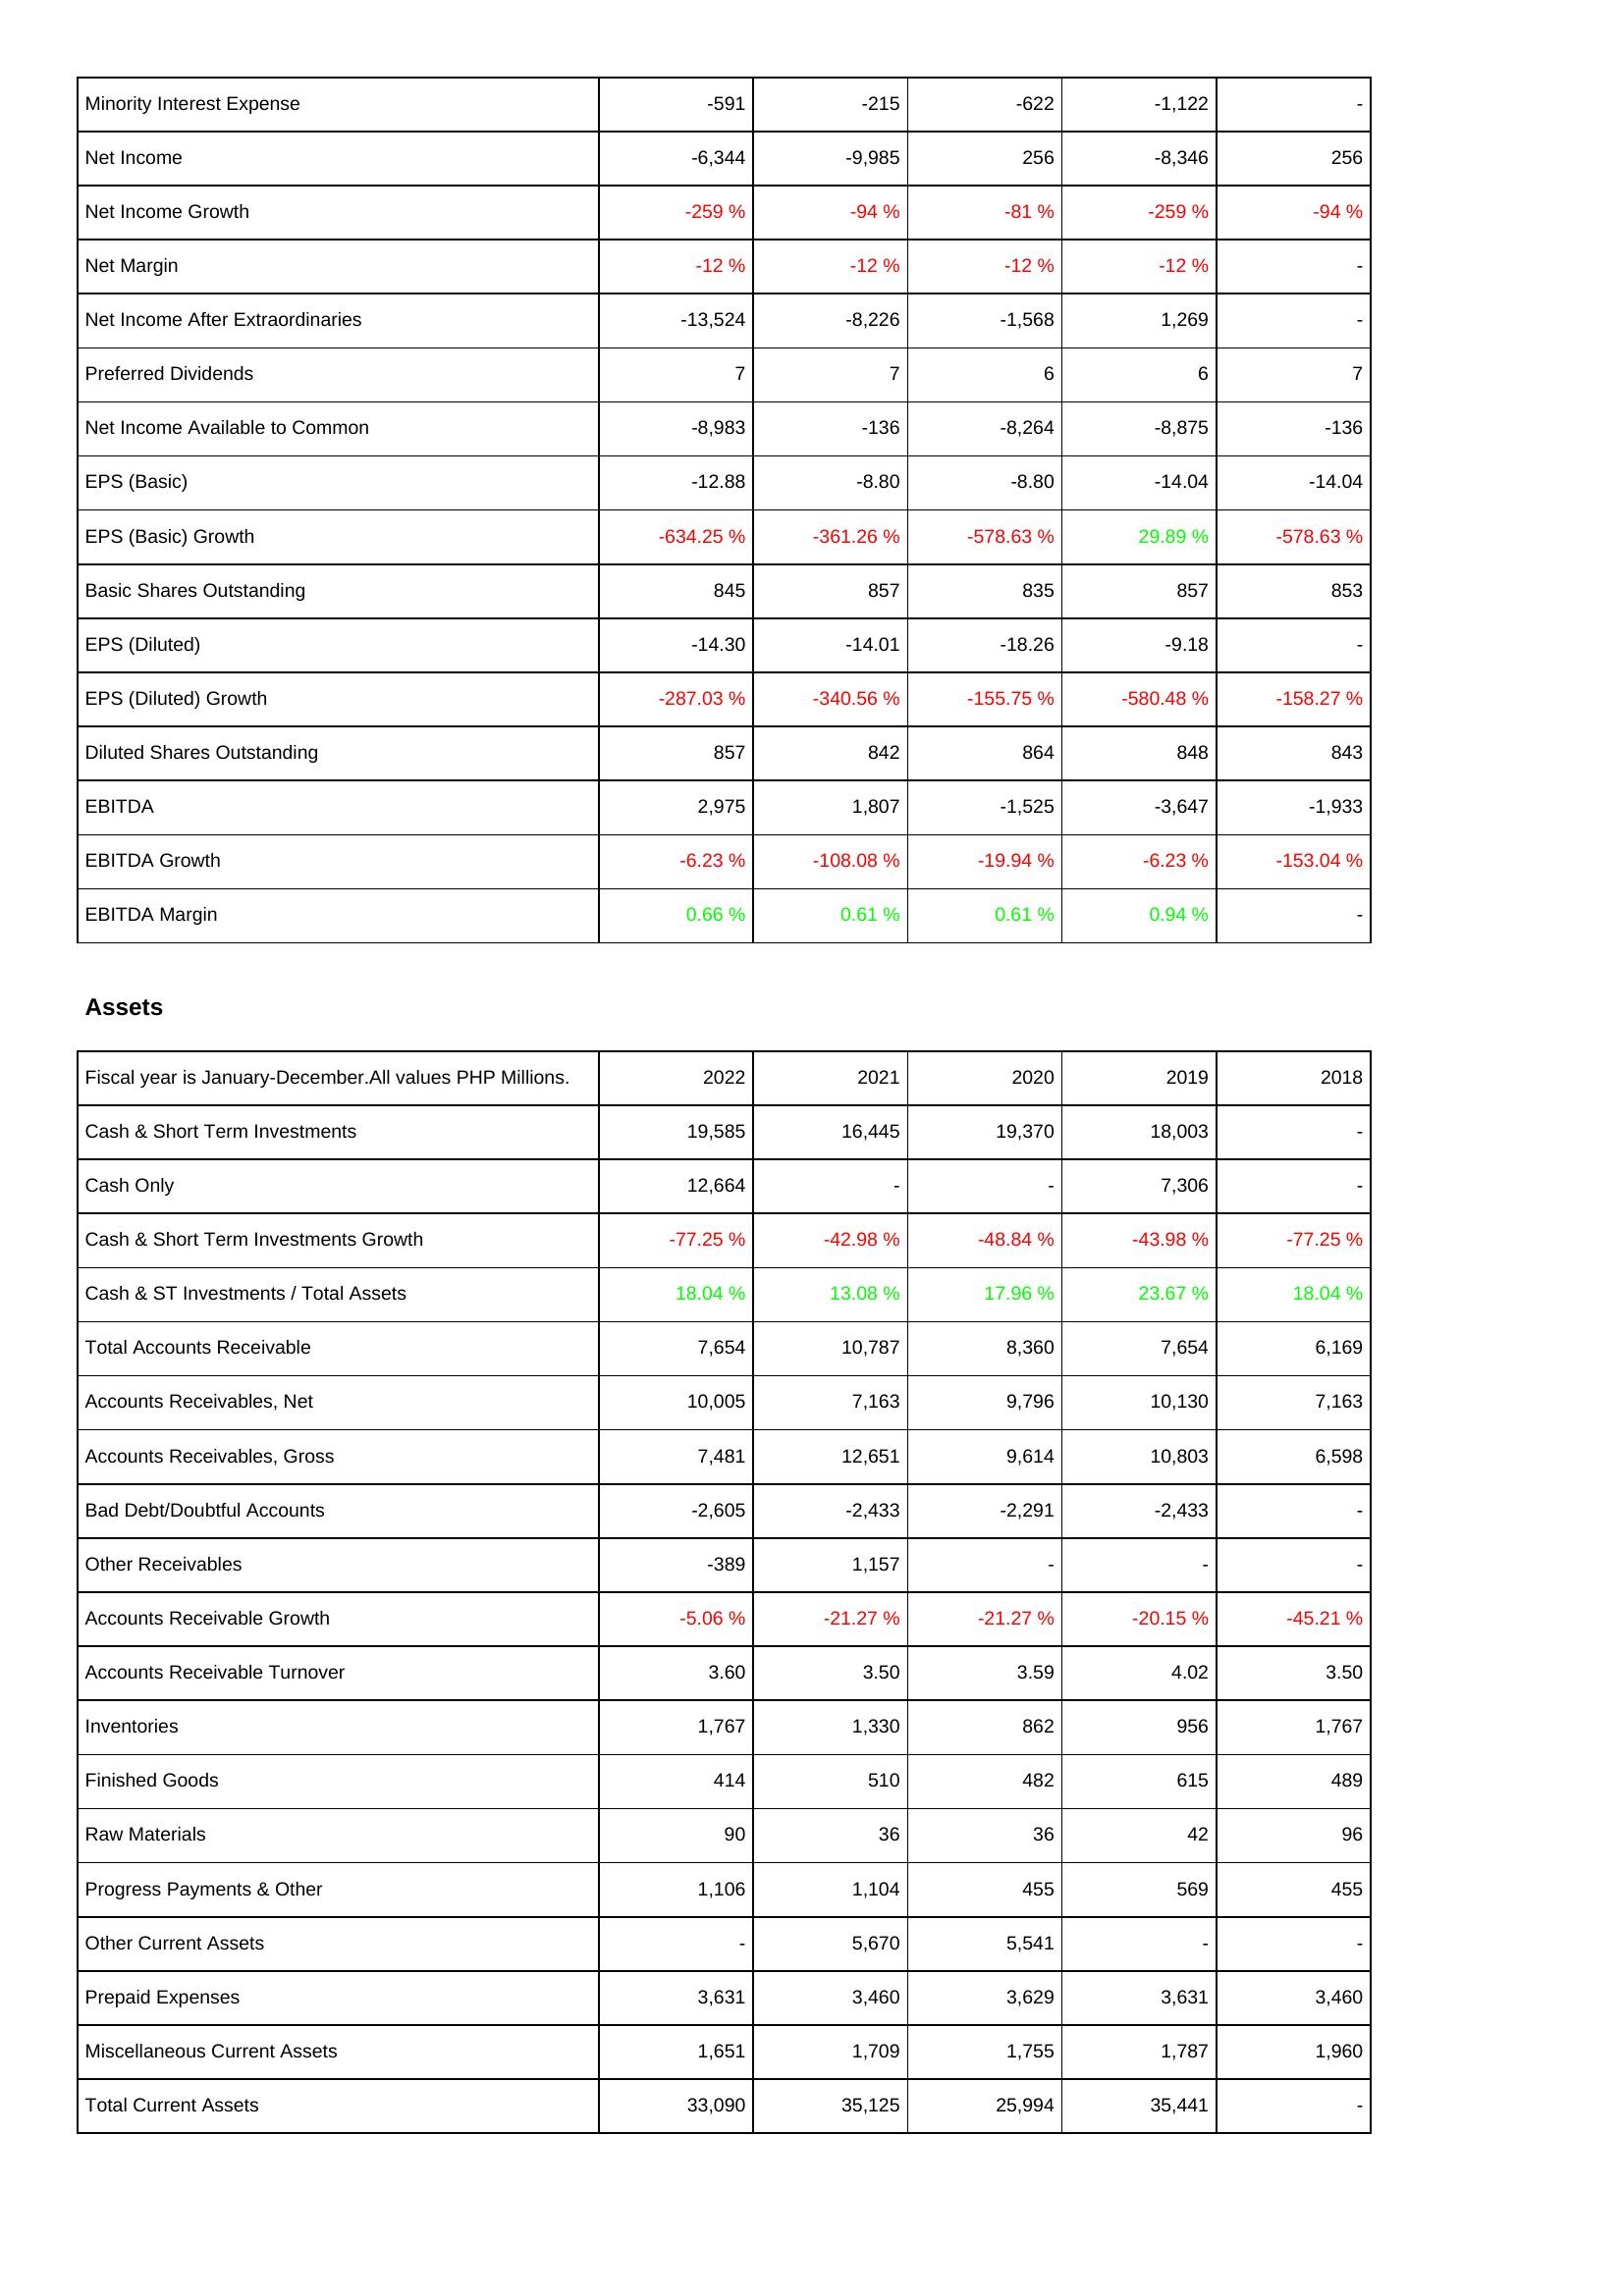
2022: Income Statement: Minority Interest Expense: -591
Net Income: -6,344
Net Income Growth: -259 %
Net Margin: -12 %
Net Income After Extraordinaries: -13,524
Preferred Dividends: 7
Net Income Available to Common: -8,983
EPS (Basic): -12.88
EPS (Basic) Growth: -634.25 %
Basic Shares Outstanding: 845
EPS (Diluted): -14.30
EPS (Diluted) Growth: -287.03 %
Diluted Shares Outstanding: 857
EBITDA: 2,975
EBITDA Growth: -6.23 %
EBITDA Margin: 0.66 %
Assets: Cash & Short Term Investments: 19,585
Cash Only: 12,664
Cash & Short Term Investments Growth: -77.25 %
Cash & ST Investments / Total Assets: 18.04 %
Total Accounts Receivable: 7,654
Accounts Receivables, Net: 10,005
Accounts Receivables, Gross: 7,481
Bad Debt/Doubtful Accounts: -2,605
Other Receivables: -389
Accounts Receivable Growth: -5.06 %
Accounts Receivable Turnover: 3.60
Inventories: 1,767
Finished Goods: 414
Raw Materials: 90
Progress Payments & Other: 1,106
Other Current Assets: -
Prepaid Expenses: 3,631
Miscellaneous Current Assets: 1,651
Total Current Assets: 33,090
2021: Income Statement: Minority Interest Expense: -215
Net Income: -9,985
Net Income Growth: -94 %
Net Margin: -12 %
Net Income After Extraordinaries: -8,226
Preferred Dividends: 7
Net Income Available to Common: -136
EPS (Basic): -8.80
EPS (Basic) Growth: -361.26 %
Basic Shares Outstanding: 857
EPS (Diluted): -14.01
EPS (Diluted) Growth: -340.56 %
Diluted Shares Outstanding: 842
EBITDA: 1,807
EBITDA Growth: -108.08 %
EBITDA Margin: 0.61 %
Assets: Cash & Short Term Investments: 16,445
Cash Only: -
Cash & Short Term Investments Growth: -42.98 %
Cash & ST Investments / Total Assets: 13.08 %
Total Accounts Receivable: 10,787
Accounts Receivables, Net: 7,163
Accounts Receivables, Gross: 12,651
Bad Debt/Doubtful Accounts: -2,433
Other Receivables: 1,157
Accounts Receivable Growth: -21.27 %
Accounts Receivable Turnover: 3.50
Inventories: 1,330
Finished Goods: 510
Raw Materials: 36
Progress Payments & Other: 1,104
Other Current Assets: 5,670
Prepaid Expenses: 3,460
Miscellaneous Current Assets: 1,709
Total Current Assets: 35,125
2020: Income Statement: Minority Interest Expense: -622
Net Income: 256
Net Income Growth: -81 %
Net Margin: -12 %
Net Income After Extraordinaries: -1,568
Preferred Dividends: 6
Net Income Available to Common: -8,264
EPS (Basic): -8.80
EPS (Basic) Growth: -578.63 %
Basic Shares Outstanding: 835
EPS (Diluted): -18.26
EPS (Diluted) Growth: -155.75 %
Diluted Shares Outstanding: 864
EBITDA: -1,525
EBITDA Growth: -19.94 %
EBITDA Margin: 0.61 %
Assets: Cash & Short Term Investments: 19,370
Cash Only: -
Cash & Short Term Investments Growth: -48.84 %
Cash & ST Investments / Total Assets: 17.96 %
Total Accounts Receivable: 8,360
Accounts Receivables, Net: 9,796
Accounts Receivables, Gross: 9,614
Bad Debt/Doubtful Accounts: -2,291
Other Receivables: -
Accounts Receivable Growth: -21.27 %
Accounts Receivable Turnover: 3.59
Inventories: 862
Finished Goods: 482
Raw Materials: 36
Progress Payments & Other: 455
Other Current Assets: 5,541
Prepaid Expenses: 3,629
Miscellaneous Current Assets: 1,755
Total Current Assets: 25,994
2019: Income Statement: Minority Interest Expense: -1,122
Net Income: -8,346
Net Income Growth: -259 %
Net Margin: -12 %
Net Income After Extraordinaries: 1,269
Preferred Dividends: 6
Net Income Available to Common: -8,875
EPS (Basic): -14.04
EPS (Basic) Growth: 29.89 %
Basic Shares Outstanding: 857
EPS (Diluted): -9.18
EPS (Diluted) Growth: -580.48 %
Diluted Shares Outstanding: 848
EBITDA: -3,647
EBITDA Growth: -6.23 %
EBITDA Margin: 0.94 %
Assets: Cash & Short Term Investments: 18,003
Cash Only: 7,306
Cash & Short Term Investments Growth: -43.98 %
Cash & ST Investments / Total Assets: 23.67 %
Total Accounts Receivable: 7,654
Accounts Receivables, Net: 10,130
Accounts Receivables, Gross: 10,803
Bad Debt/Doubtful Accounts: -2,433
Other Receivables: -
Accounts Receivable Growth: -20.15 %
Accounts Receivable Turnover: 4.02
Inventories: 956
Finished Goods: 615
Raw Materials: 42
Progress Payments & Other: 569
Other Current Assets: -
Prepaid Expenses: 3,631
Miscellaneous Current Assets: 1,787
Total Current Assets: 35,441
2018: Income Statement: Minority Interest Expense: -
Net Income: 256
Net Income Growth: -94 %
Net Margin: -
Net Income After Extraordinaries: -
Preferred Dividends: 7
Net Income Available to Common: -136
EPS (Basic): -14.04
EPS (Basic) Growth: -578.63 %
Basic Shares Outstanding: 853
EPS (Diluted): -
EPS (Diluted) Growth: -158.27 %
Diluted Shares Outstanding: 843
EBITDA: -1,933
EBITDA Growth: -153.04 %
EBITDA Margin: -
Assets: Cash & Short Term Investments: -
Cash Only: -
Cash & Short Term Investments Growth: -77.25 %
Cash & ST Investments / Total Assets: 18.04 %
Total Accounts Receivable: 6,169
Accounts Receivables, Net: 7,163
Accounts Receivables, Gross: 6,598
Bad Debt/Doubtful Accounts: -
Other Receivables: -
Accounts Receivable Growth: -45.21 %
Accounts Receivable Turnover: 3.50
Inventories: 1,767
Finished Goods: 489
Raw Materials: 96
Progress Payments & Other: 455
Other Current Assets: -
Prepaid Expenses: 3,460
Miscellaneous Current Assets: 1,960
Total Current Assets: -